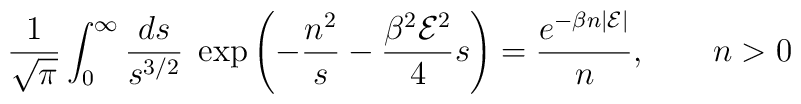
{1\over \sqrt{\pi}}\int_0^\infty{ds\over s^{3/2}}\; \exp\left(-{n^2\over      s}-{\beta^2{\cal E}^2\over 4}s\right)={e^{-\beta n |{\cal        E}|}\over n}, \qquad n>0